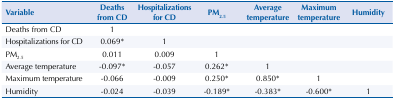
| Variable | Deaths from CD | Hospitalizations for CD | PM2.5 | Average temperature | Maximum temperature | Humidity |
 | --- | --- | --- | --- | --- | --- | --- |
 | Deaths from CD | 1 |  |  |  |  |  |
 | Hospitalizations for CD | 0.069* | 1 |  |  |  |  |
 | PM2.5 | 0.011 | 0.009 | 1 |  |  |  |
 | Average temperature | -0.097* | -0.057 | 0.262* | 1 |  |  |
 | Maximum temperature | -0.066 | -0.009 | 0.250* | 0.850* | 1 |  |
 | Humidity | -0.024 | -0.039 | -0.189* | -0.383* | -0.600* | 1 |